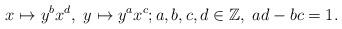
LaTeX: \begin{align*}x \mapsto y^bx^d,\ y \mapsto y^ax^c; a,b,c,d \in \mathbb{Z}, \ ad - bc = 1.\end{align*}